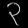
Digit: ၃